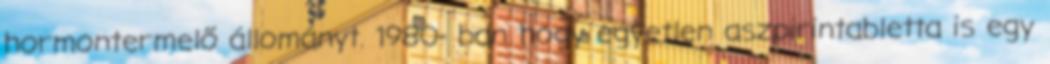
hormontermelő állományt. 1980- ban hogy egyetlen aszpirintabletta is egy